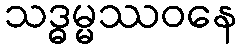
သဒ္ဓမ္မဿဝနေ